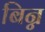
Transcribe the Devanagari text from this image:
बिन्न